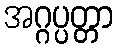
အဂ္ဂပ္ပတ္တာ